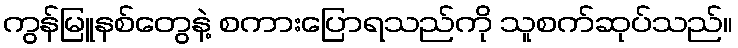
ကွန်မြူနစ်တွေနဲ့ စကားပြောရသည်ကို သူစက်ဆုပ်သည်။